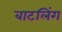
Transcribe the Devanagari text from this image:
बाटलिंग